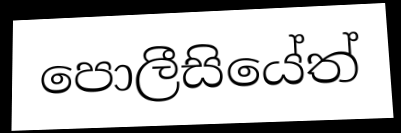
පොලීසියේත්